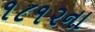
૧૮૧૨ના